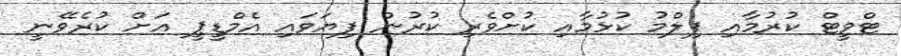
ޓްވީޓް ކުރުމާއި ފިލްމު ކުޅުމާއި ކުށްވެރި ކުރުން ފިޔަވައި އެމްޑީޕީ އަށް ކުރެވޭނީ